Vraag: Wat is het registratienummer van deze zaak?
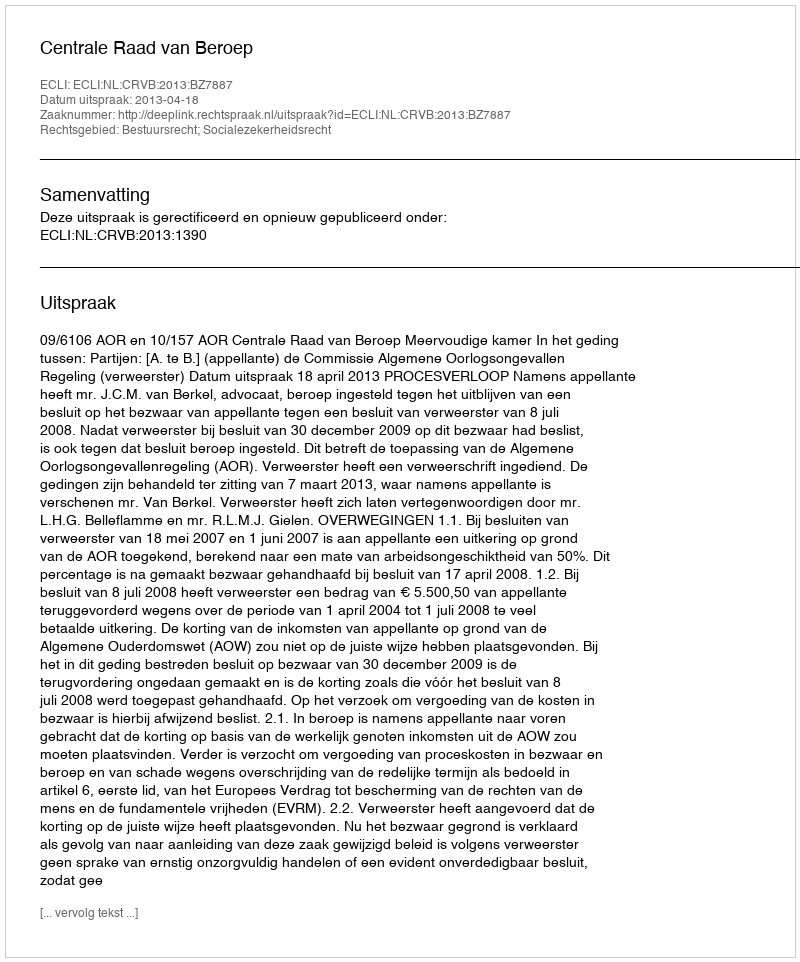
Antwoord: http://deeplink.rechtspraak.nl/uitspraak?id=ECLI:NL:CRVB:2013:BZ7887